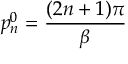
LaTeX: p _ { n } ^ { 0 } = \frac { ( 2 n + 1 ) \pi } { \beta }